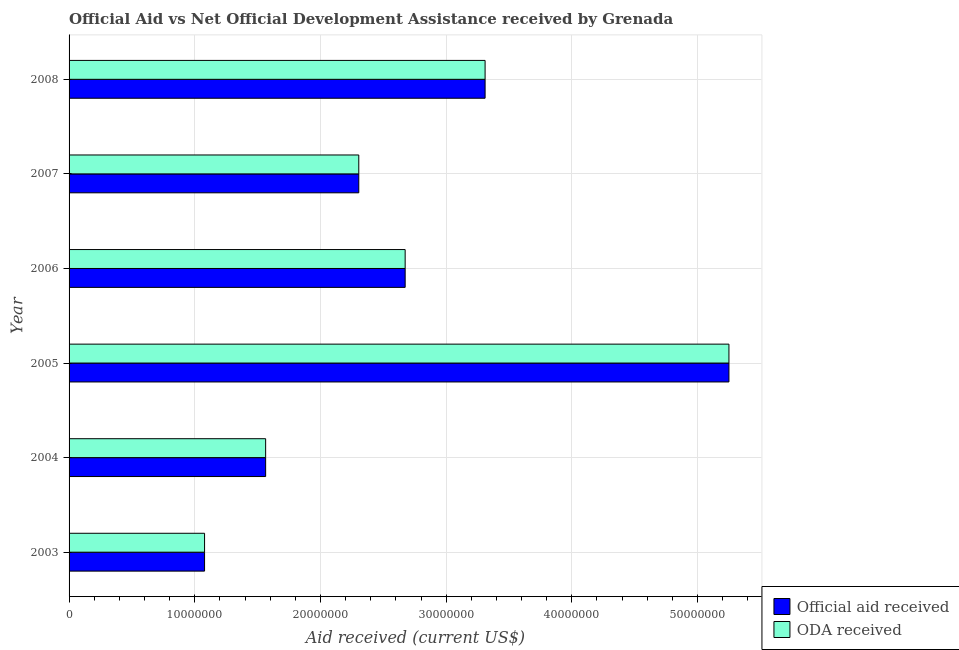
| Year | Official aid received | ODA received |
 | --- | --- | --- |
 | 2003 | 1.08e+07 | 1.08e+07 |
 | 2004 | 1.56e+07 | 1.56e+07 |
 | 2005 | 5.25e+07 | 5.25e+07 |
 | 2006 | 2.67e+07 | 2.67e+07 |
 | 2007 | 2.30e+07 | 2.30e+07 |
 | 2008 | 3.31e+07 | 3.31e+07 |